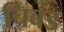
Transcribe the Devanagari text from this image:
चिबड